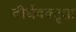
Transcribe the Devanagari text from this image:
दीर्घवक्तृता